Annual administration report of the Civil Veterinary Department of India - 1892-1893
Year: 1892
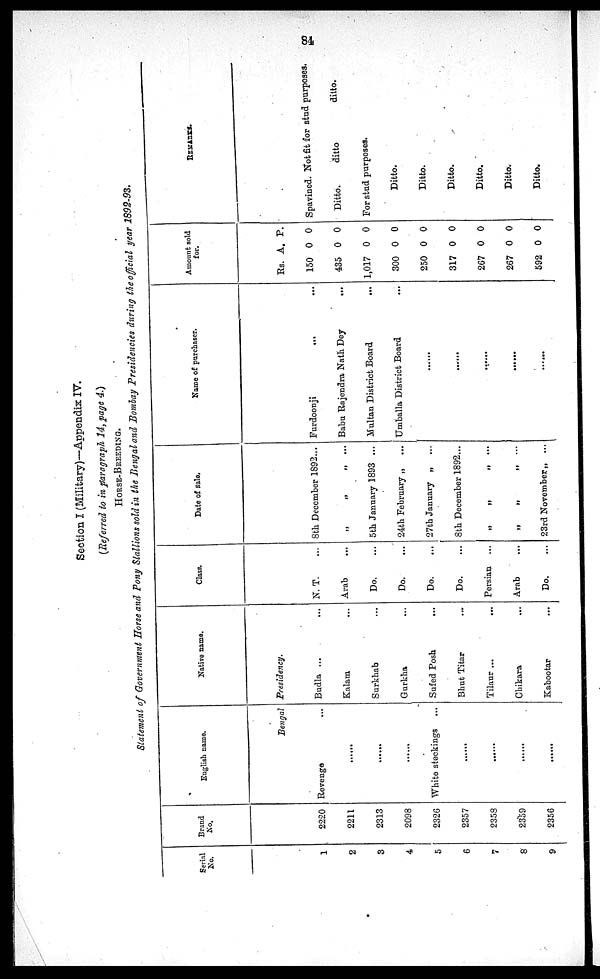
84
Section I (Military)—Appendix IV.
(Referred to in paragraph 14, page 4.)
HORSE-BREEDING.
Statement of Government Horse and Pony Stallions sold in the Bengal and Bombay Presidencies during the official year 1892-93.
Serial
No.
1
2
3
4
5
6
7
8
9
Brand
No.
2220
2211
2313
2098
2326
2357
2358
2359
2356
Euglish name.
Bengal
Revenge ...
......
......
......
White stockings ...
......
......
......
......
Native name.
Presidency.
Budla ... ...
Kalam ...
Surkhab ...
Gurkha ...
Sufed Posh
...
Bhut Titer ...
Tilaur ...
...
Chikara ...
Kabootar ...
Class.
N. T. ...
Arab
...
Do. ...
Do. ...
Do. ...
Do. ...
Persian ...
Arab
Do.
Date of sale.
8th December 1892...
„ „ „ ....
5th January 1893 ...
24th February „ ...
27th January „ ...
8th December 1892...
„ „ „ ...
„ „ „ ...
23rd November „ ...
Name of purchaser.
Furdoonji
...
...
Babu Rajendra Nath Dey
...
Multan District Board
...
Umballa District Board ...
......
......
......
......
......
Amount sold
for.
Rs.
150
435
1,017
300
250
317
267
267
592
A.
0
0
0
0
0
0
0
0
0
P.
0
0
0
0
0
0
0
0
0
REMARKS.
Spavined. Not fit for stud purposes.
Ditto.
ditto
ditto.
For stud purposes.
Ditto.
Ditto.
Ditto.
Ditto.
Ditto.
Ditto.